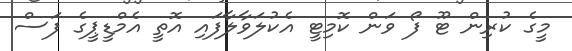
މީގެ ކުރިން ޓޫ ފޯ ވަން ކޮމިޓީ އެކުލަވާލާފައި އޮތީ އެމްޑީޕީގެ ފަސް